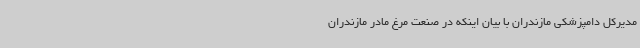
مدیرکل دامپزشکی مازندران با بیان اینکه در صنعت مرغ مادر مازندران